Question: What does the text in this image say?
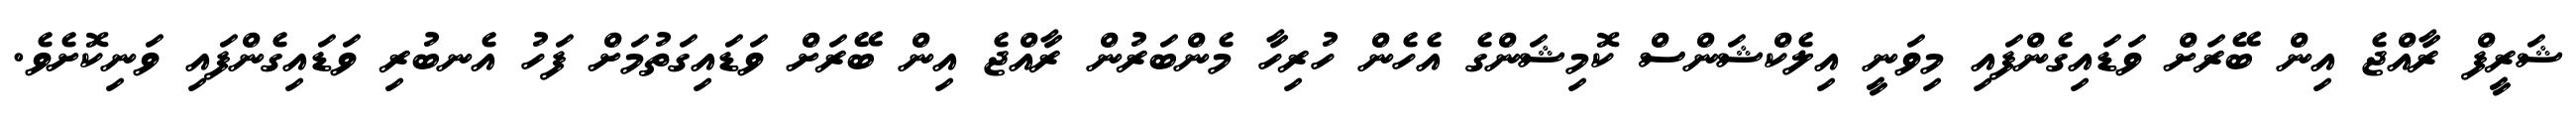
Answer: ޝަރީފް ރާއްޖެ އިން ބޭރަށް ވަޑައިގެންފައި މިވަނީ އިލެކްޝަންސް ކޮމިޝަންގެ އެހެން ހުރިހާ މެންބަރުން ރާއްޖެ އިން ބޭރަށް ވަޑައިގަތުމަށް ފަހު އެނބުރި ވަޑައިގެންފައި ވަނިކޮށެވެ.